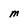
Character: M